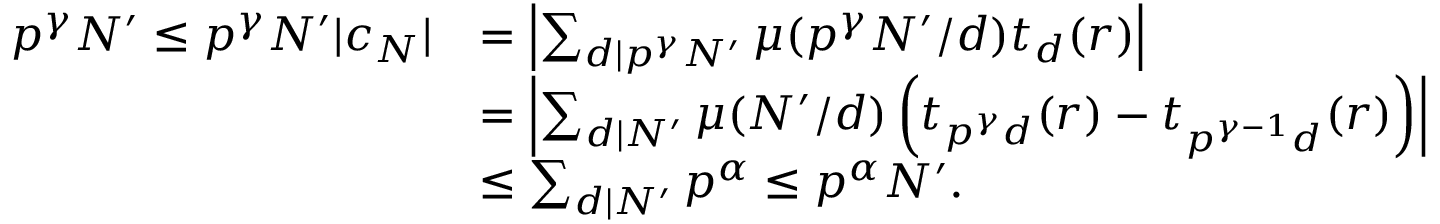
\begin{array} { r l } { p ^ { \gamma } N ^ { \prime } \leq p ^ { \gamma } N ^ { \prime } | c _ { N } | } & { = \left| \sum _ { d | p ^ { \gamma } N ^ { \prime } } \mu ( p ^ { \gamma } N ^ { \prime } / d ) t _ { d } ( r ) \right| } \\ & { = \left| \sum _ { d | N ^ { \prime } } \mu ( N ^ { \prime } / d ) \left( t _ { p ^ { \gamma } d } ( r ) - t _ { p ^ { \gamma - 1 } d } ( r ) \right) \right| } \\ & { \leq \sum _ { d | N ^ { \prime } } p ^ { \alpha } \leq p ^ { \alpha } N ^ { \prime } . } \end{array}